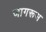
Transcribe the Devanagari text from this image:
जागरूस